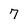
Character: 7